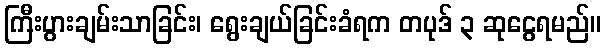
ကြီးပွားချမ်းသာခြင်း၊ ရွေးချယ်ခြင်းခံရက တပုဒ် ၃ ဆုငွေရမည်။